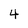
Character: 4